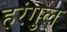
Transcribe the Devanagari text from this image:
हरंगुल